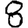
Digit: 8